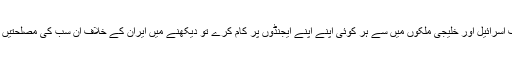
(یعنى ایران کے خلاف اسرائیل اور خلیجى ملکوں میں سے ہر کوئى اپنے اپنے ایجنڈوں پر کام کرے تو دیکهنے میں ایران کے خلاف ان سب کى مصلحتیں مشترک ہوسکتى ہیں ۔